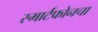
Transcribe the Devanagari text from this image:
स्मार्टफोनचा